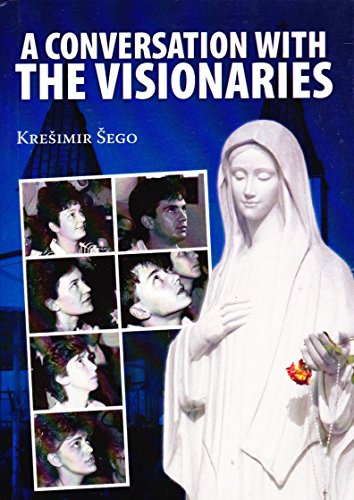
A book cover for A Conversation with the Visionaries; Literature & Fiction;